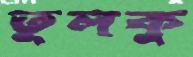
তুলকু